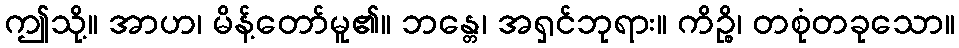
ဤသို့။ အာဟ၊ မိန့်တော်မူ၏။ ဘန္တေ၊ အရှင်ဘုရား။ ကိဉ္စိ၊ တစုံတခုသော။